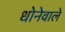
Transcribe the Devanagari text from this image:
धोनेवाले